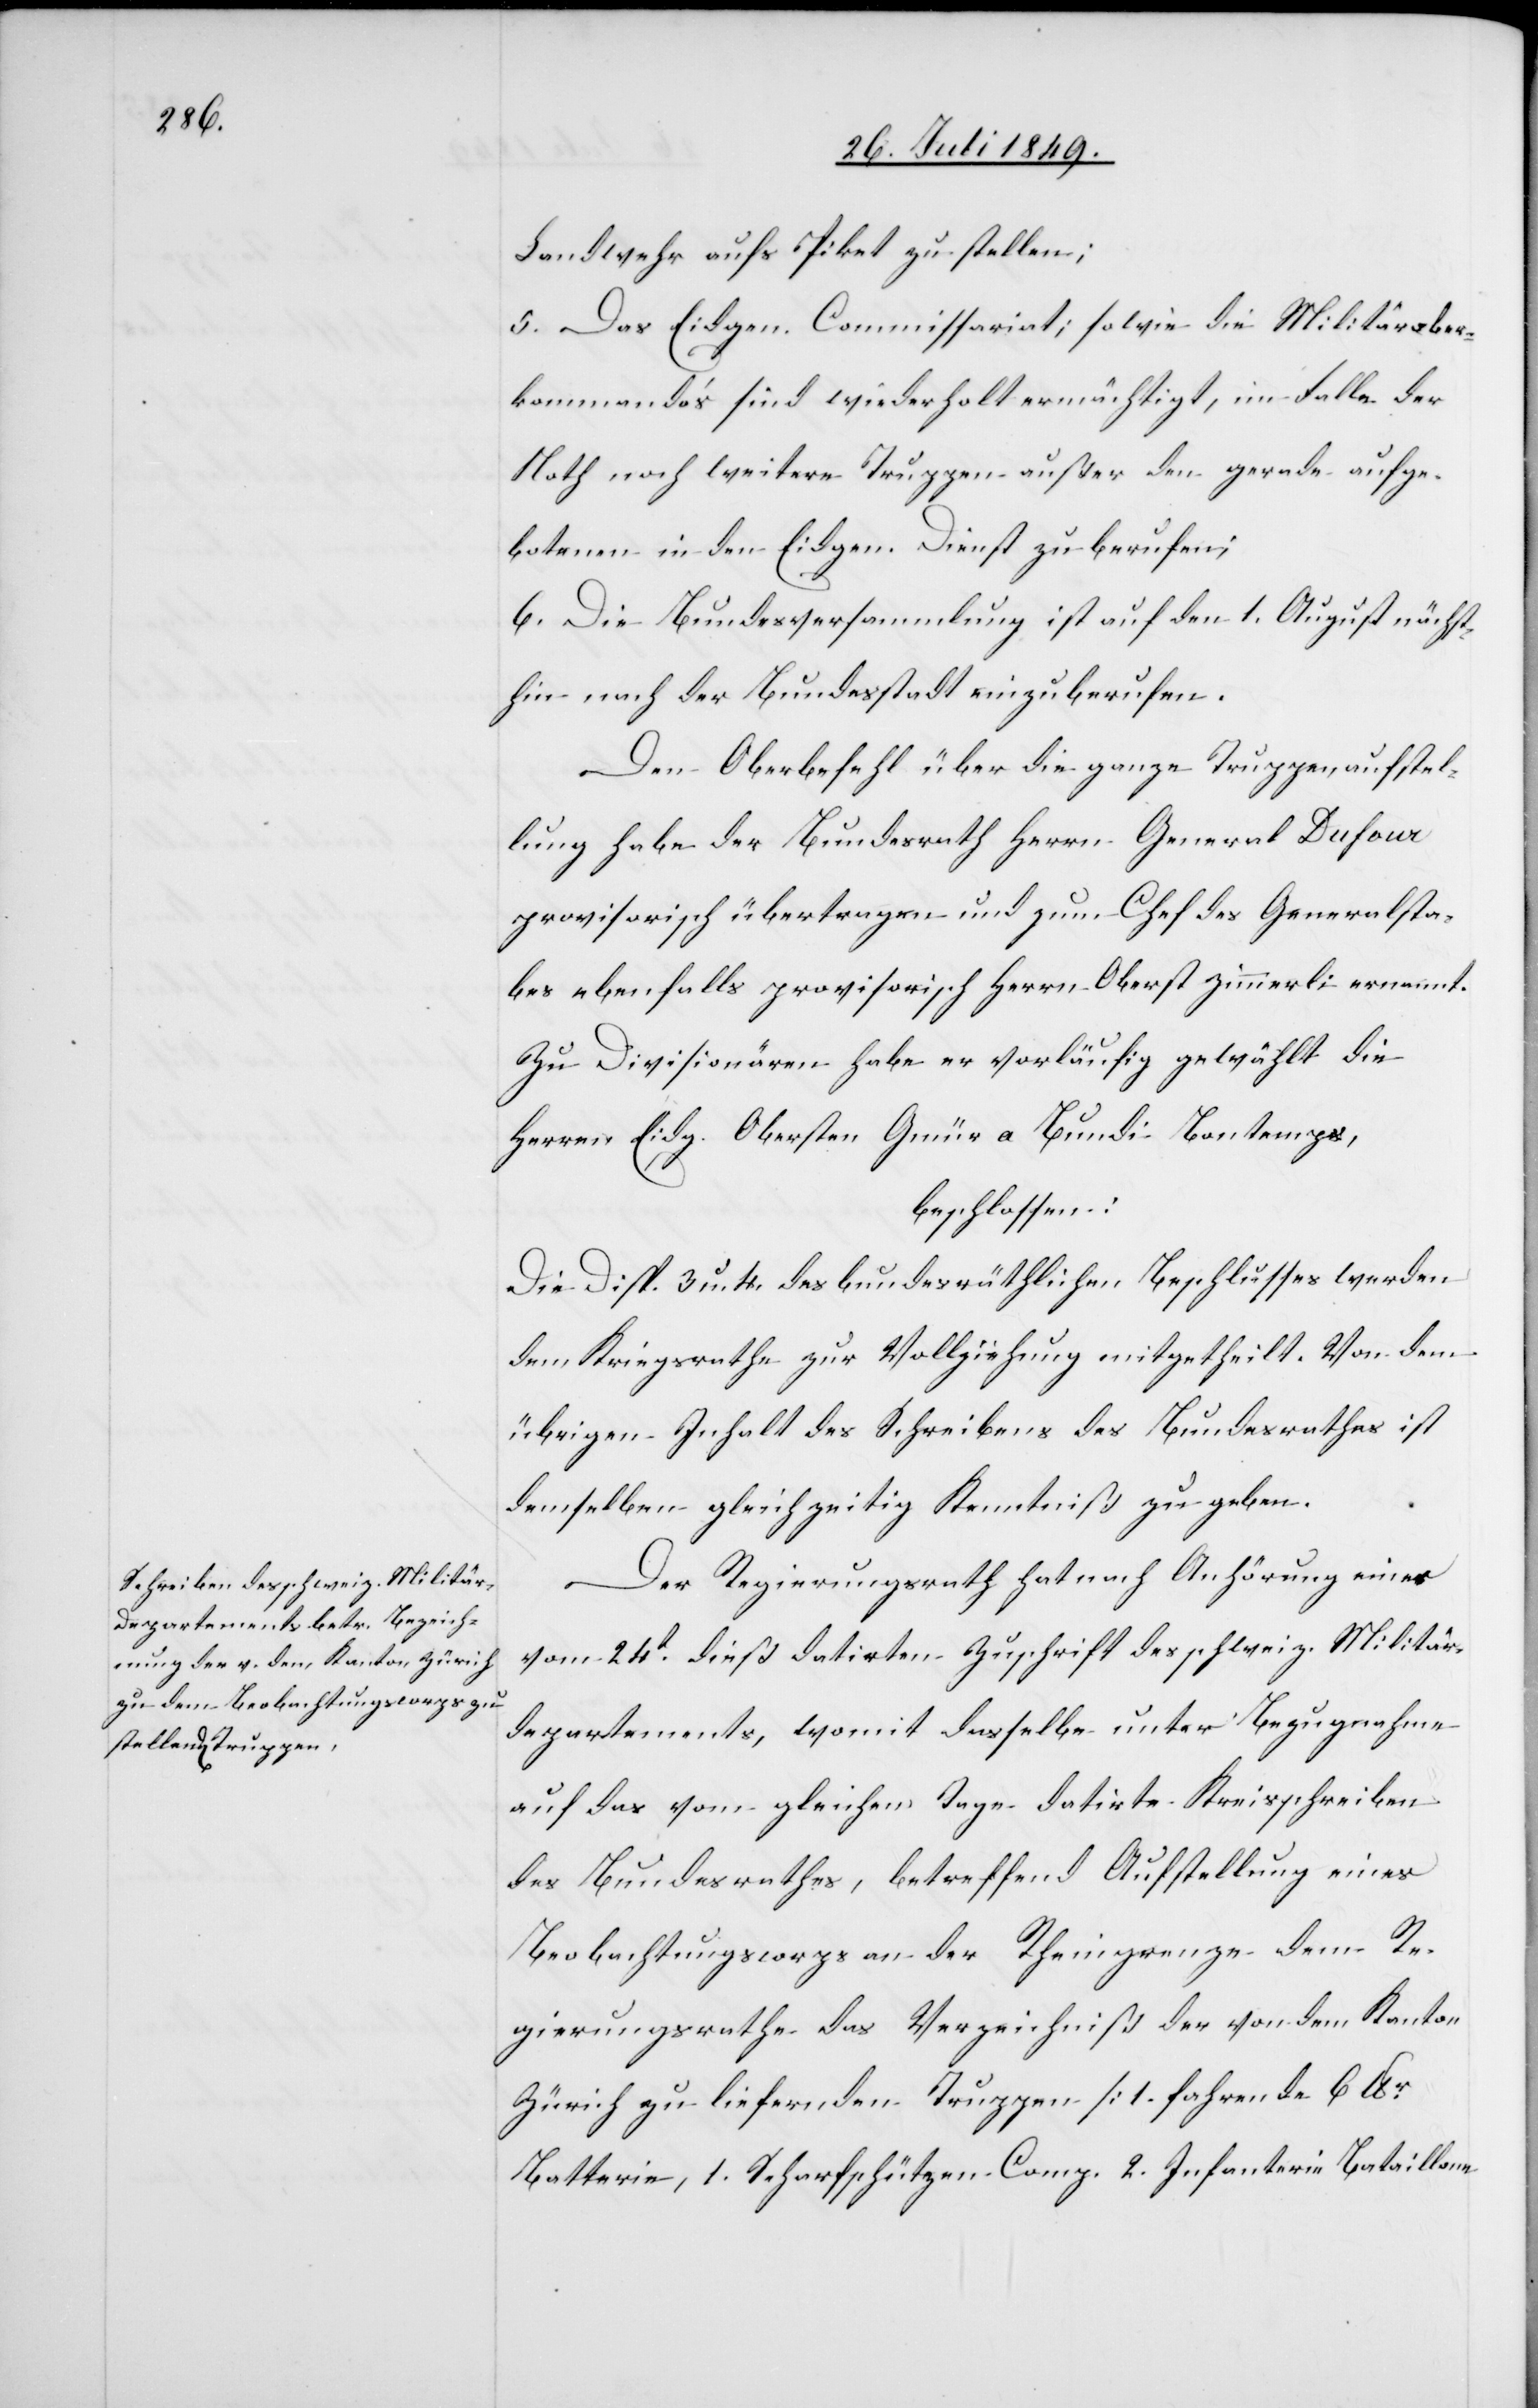
e[]]

Landwehr aufs Piket zu stellen;
5. Das Eidgen. Commissariat; sowie die Militärober¬
kommando’s sind wiederholt ermächtigt, im Falle der
Noth noch weitere Truppen außer den gerade aufge¬
botenen in den Eidgen. Dienst zu berufen;
6. Die Bundesversammlung ist auf den 1. August nächst¬
hin nach der Bundesstadt einzuberufen.
Den Oberbefehl über die ganze Truppenaufstel¬
lung habe der Bundesrath Herrn General Dufour
provisorisch übertragen und zum Chef des Generalsta¬
bes ebenfalls provisorisch Herrn Oberst Zimmerli ernannt.
Zu Divisionären habe er vorläufig gewählt die
Herren Eidg. Obersten Gmür a Bundi Bantemps,
beschlossen:
Die Disp. 3 u. 4. des bundesräthlichen Beschlusses werden
dem Kriegsrathe zur Vollziehung mitgetheilt. Von dem
übrigen Inhalt des Schreibens des Bundesrathes ist
demselben gleichzeitig Kenntniß zu geben.
Der Regierungsrath hat nach Anhörung eines
vom 24t dieß datirten Zuschrift des schweiz. Militär¬
departements, womit dasselbe unter Bezugnahme
auf das vom gleichen Tage datirte Kreisschreiben
des Bundesrathes, betreffend Aufstellung eines
Beobachtungscorps an der Rheingrenze dem Re¬
gierungsrathe das Verzeichniß der von dem Kanton
Zürich zu lieferenden Truppen [1. fahrende 6 lbr
Batterie, 1. Scharfschützen Comp. 2. Infanterie Bataillon¬